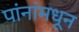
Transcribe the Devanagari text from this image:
पांनांमधून